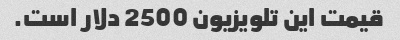
قیمت این تلویزیون 2500 دلار است.